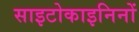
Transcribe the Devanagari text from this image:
साइटोकाइनिनों